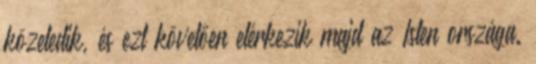
közeledik, és ezt követően elérkezik majd az Isten országa.